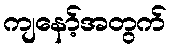
ကျနော့်အတွက်